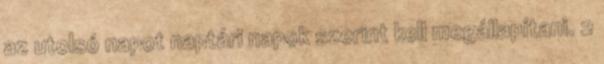
az utolsó napot naptári napok szerint kell megállapítani. 2